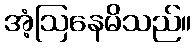
အံ့ဩနေမိသည်။